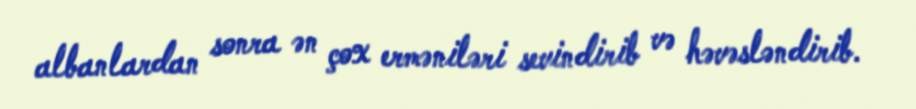
albanlardan sonra ən çox erməniləri sevindirib və həvəsləndirib.